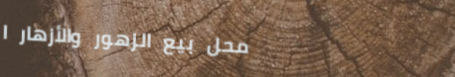
محل بيع الزهور والأزهار ا